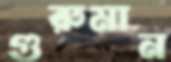
গুরুমান